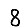
Digit: 8